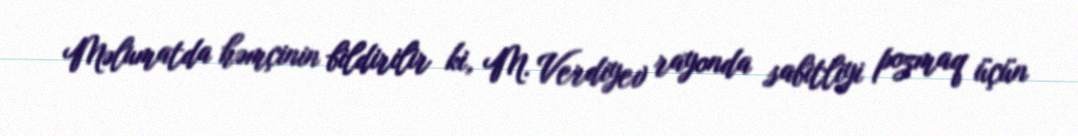
Məlumatda həmçinin bildirilir ki, M. Verdiyev rayonda sabitliyi pozmaq üçün